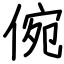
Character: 倇